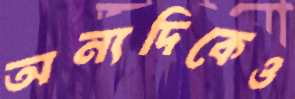
অন্যদিকেও